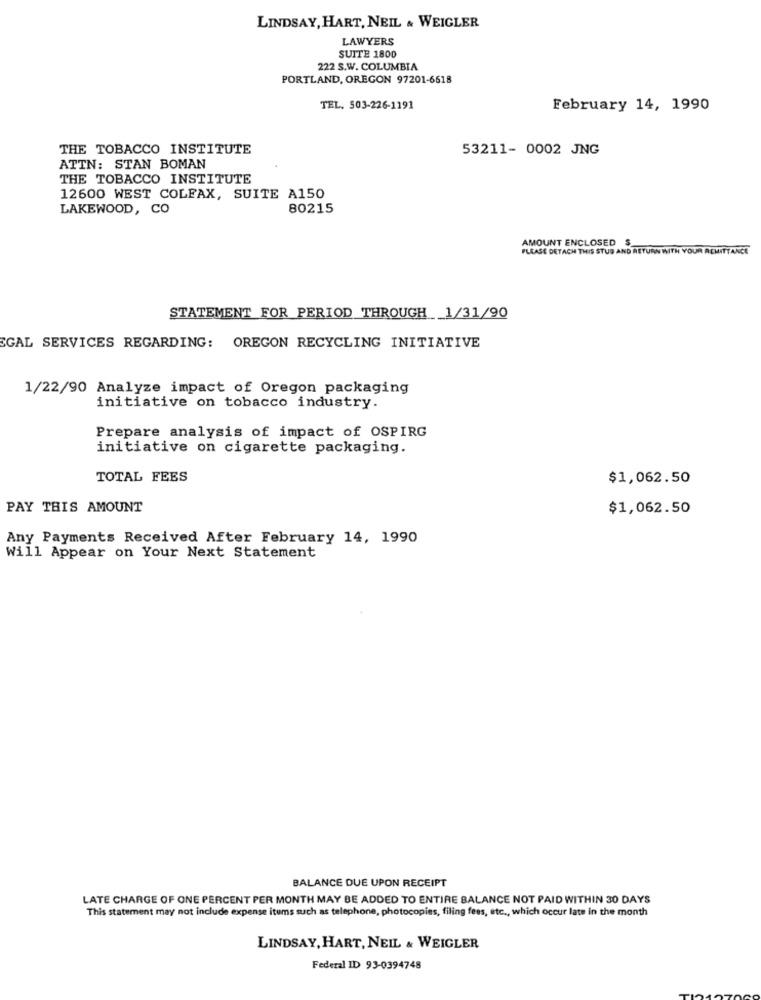
LINDSAY, HART, NEIL & WEIGLER
LAWYERS
SUITE 1800
222 S.W. COLUMBIA
PORTLAND, OREGON 97201-6618
TEL. 503-226-1191
February 14, 1990
THE TOBACCO INSTITUTE
53211- 0002 JNG
ATTN: STAN BOMAN
THE TOBACCO INSTITUTE
12600 WEST COLFAX, SUITE A150
LAKEWOOD, CO
80215
AMOUNT ENCLOSED $_
PLEASE DETACH THIS STUB AND RETURN WITH YOUR REMITTANCE
STATEMENT FOR PERIOD THROUGH 1/31/90
EGAL SERVICES REGARDING: OREGON RECYCLING INITIATIVE
1/22/90 Analyze impact of Oregon packaging
initiative on tobacco industry.
Prepare analysis of impact of OSPIRG
initiative on cigarette packaging.
TOTAL FEES
$1,062.50
PAY THIS AMOUNT
$1,062.50
Any Payments Received After February 14, 1990
Will Appear on Your Next Statement
BALANCE DUE UPON RECEIPT
LATE CHARGE OF ONE PERCENT PER MONTH MAY BE ADDED TO ENTIRE BALANCE NOT PAID WITHIN 30 DAYS
This statement may not include expense itums such as telephone, photocopies, filing fees, etc ., which occur late in the month
LINDSAY, HART, NEIL & WEIGLER
Federal ID 93-0394748